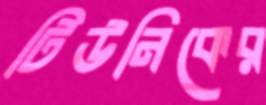
টিউনিকের